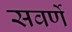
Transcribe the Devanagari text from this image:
सवर्णे